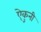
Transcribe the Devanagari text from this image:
ऐकुनी